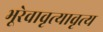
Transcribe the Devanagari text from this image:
भूरेवावृत्यावृत्य